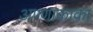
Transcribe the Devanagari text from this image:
अण्णाकाका